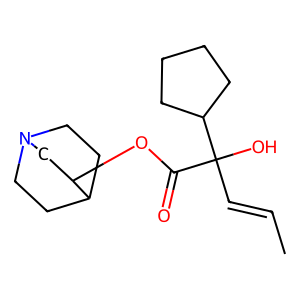
SMILES: CC=CC(O)(C(=O)OC1CN2CCC1CC2)C1CCCC1
Inhibits HIV replication: No